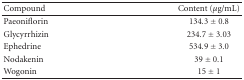
| Compound | Content (μg/mL) |
 | --- | --- |
 | Paeoniflorin | 134.3 ± 0.8 |
 | Glycyrrhizin | 234.7 ± 3.03 |
 | Ephedrine | 534.9 ± 3.0 |
 | Nodakenin | 39 ± 0.1 |
 | Wogonin | 15 ± 1 |